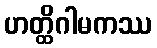
ဟတ္ထိဂါမကဿ